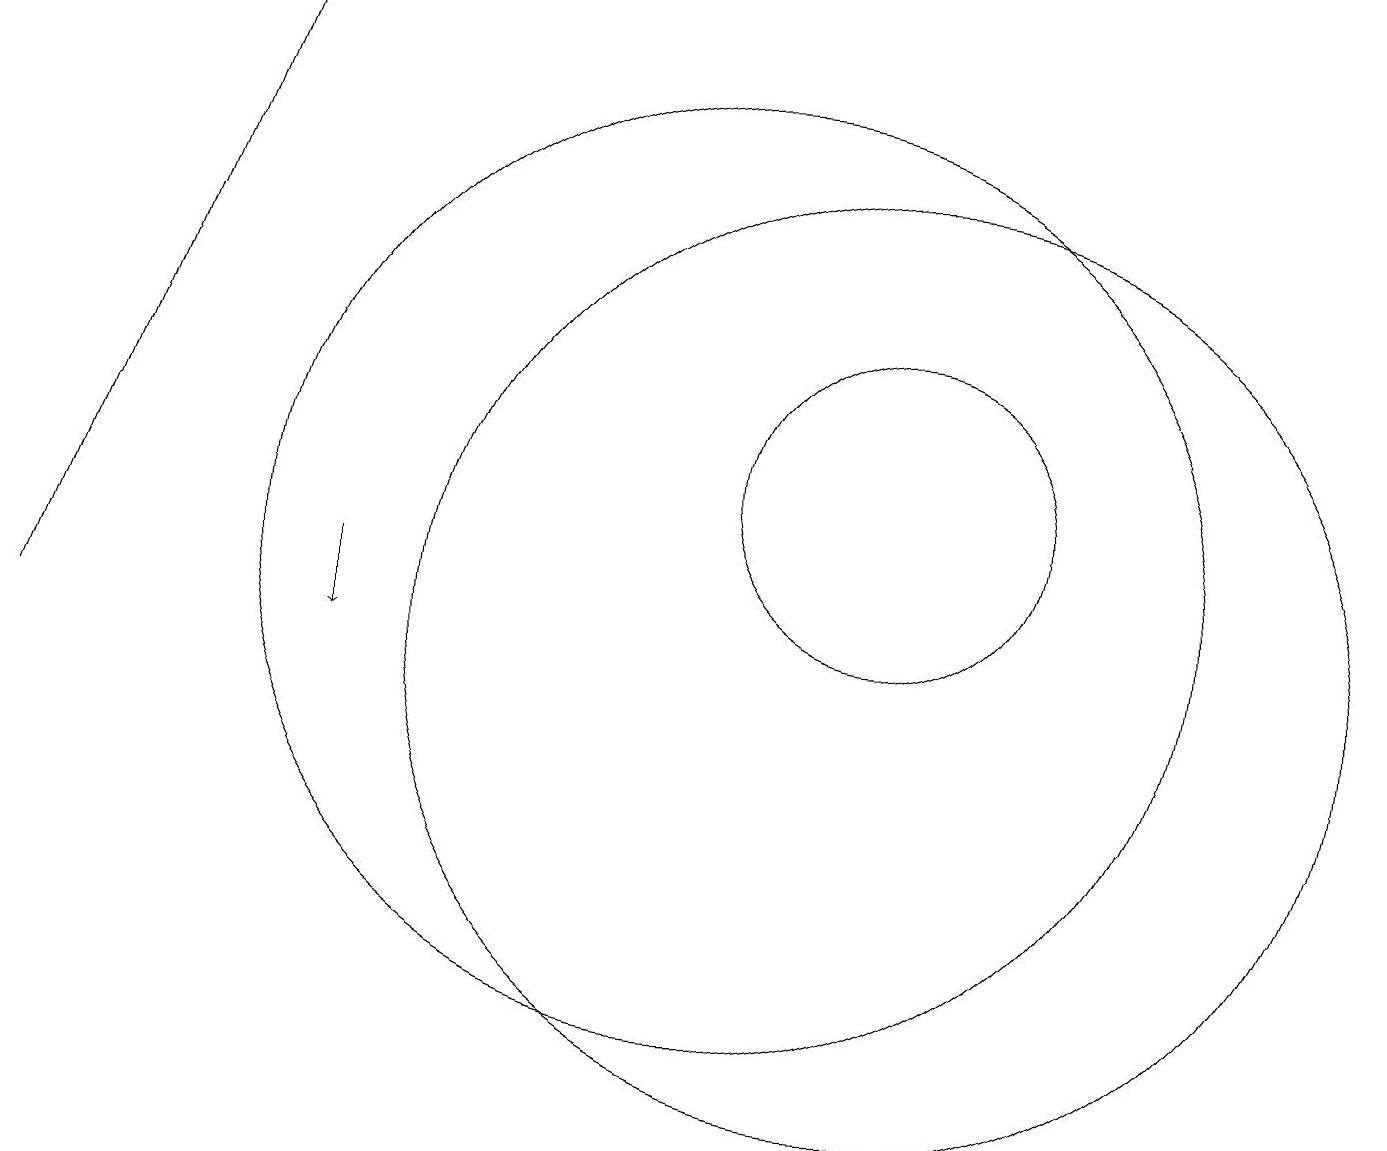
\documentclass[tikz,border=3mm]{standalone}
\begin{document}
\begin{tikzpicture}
\draw (12,12) circle (2);
\draw[->] (1,10) -- (4,18);
\draw (10,11) circle (6);
\draw[->] (5,11) -- (5,10);
\draw (12,10) circle (6);
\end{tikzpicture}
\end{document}